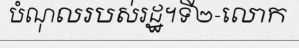
បំណុលរបស់រដ្ឋ។ទី២-លោក